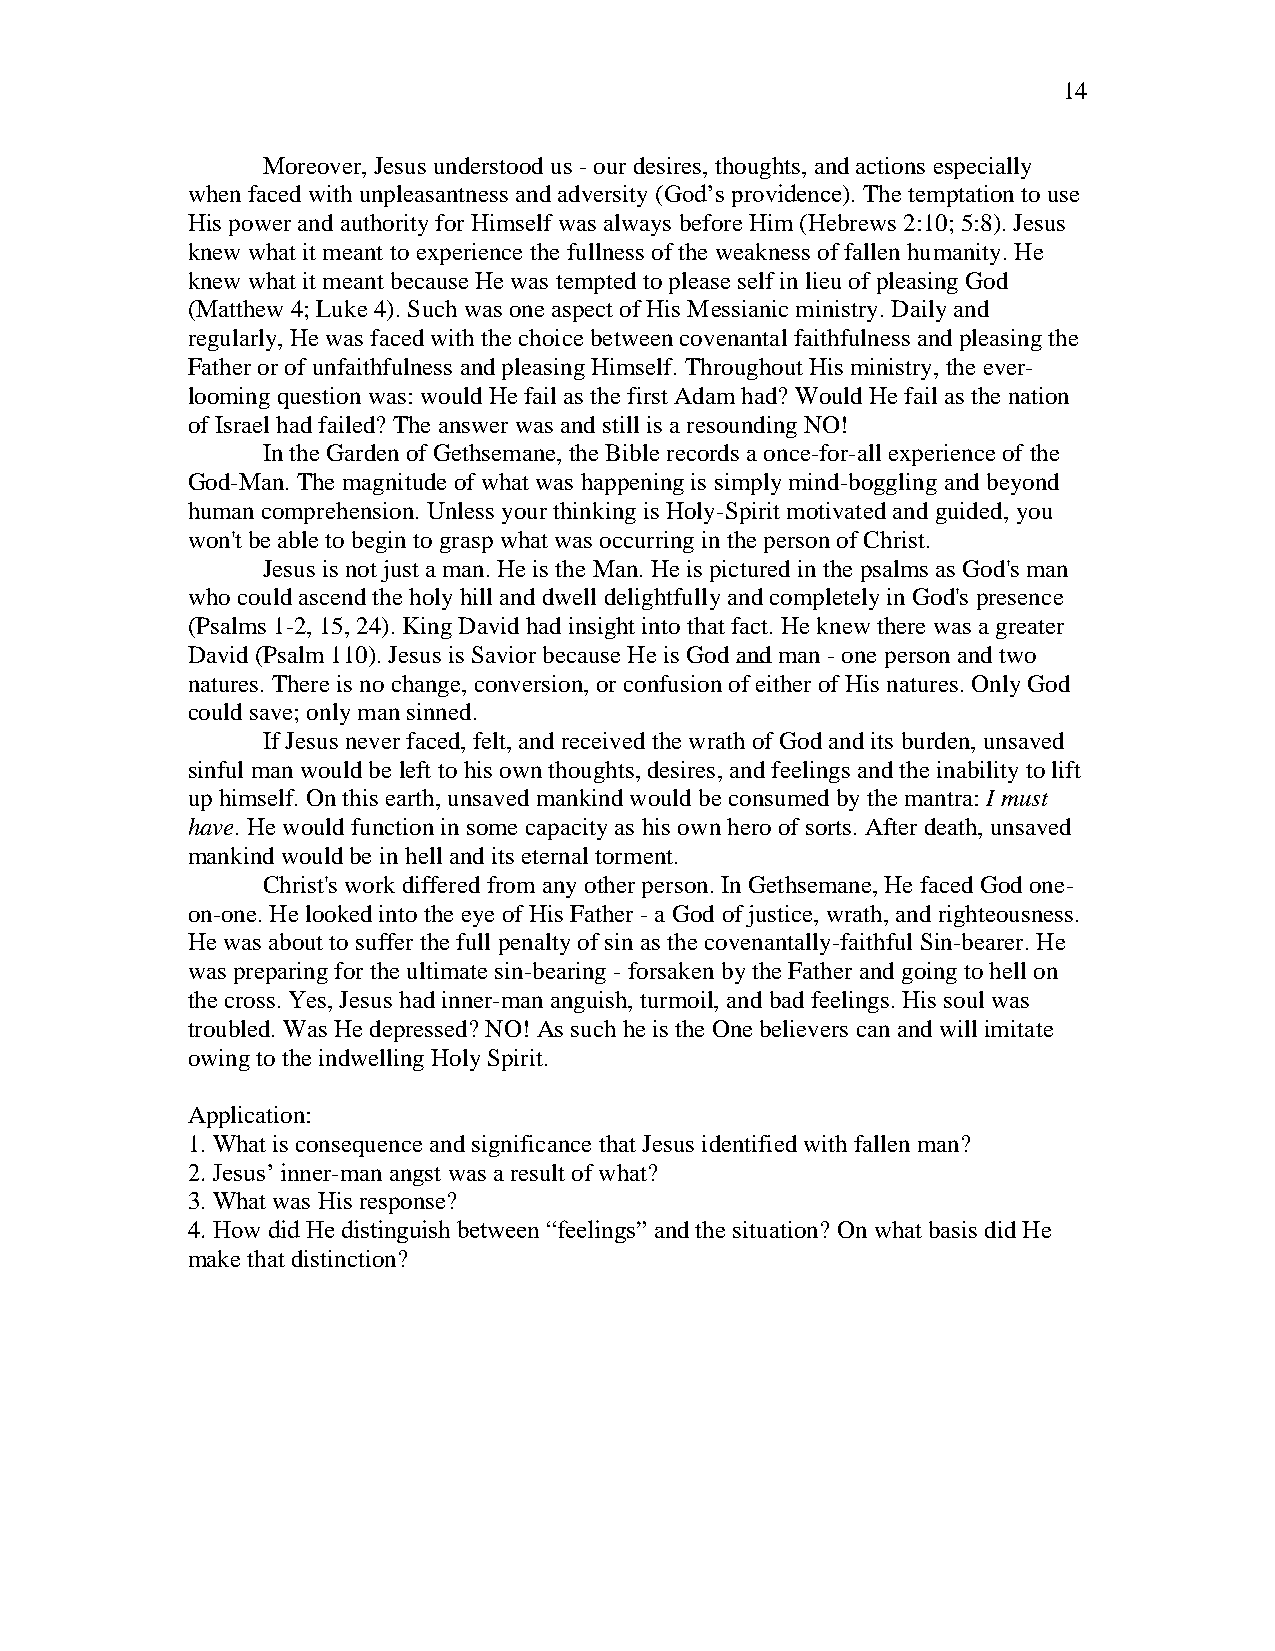
14
 Moreover, Jesus understood us - our desires, thoughts, and actions especially
 when faced with unpleasantness and adversity (God’s providence). The temptation to use
 His power and authority for Himself was always before Him (Hebrews 2:10; 5:8). Jesus
 knew what it meant to experience the fullness of the weakness of fallen humanity. He
 knew what it meant because He was tempted to please self in lieu of pleasing God
 (Matthew 4; Luke 4). Such was one aspect of His Messianic ministry. Daily and
 regularly, He was faced with the choice between covenantal faithfulness and pleasing the
 Father or of unfaithfulness and pleasing Himself. Throughout His ministry, the ever-
 looming question was: would He fail as the first Adam had? Would He fail as the nation
 of Israel had failed? The answer was and still is a resounding NO!
 In the Garden of Gethsemane, the Bible records a once-for-all experience of the
 God-Man. The magnitude of what was happening is simply mind-boggling and beyond
 human comprehension. Unless your thinking is Holy-Spirit motivated and guided, you
 won't be able to begin to grasp what was occurring in the person of Christ.
 Jesus is not just a man. He is the Man. He is pictured in the psalms as God's man
 who could ascend the holy hill and dwell delightfully and completely in God's presence
 (Psalms 1-2, 15, 24). King David had insight into that fact. He knew there was a greater
 David (Psalm 110). Jesus is Savior because He is God and man - one person and two
 natures. There is no change, conversion, or confusion of either of His natures. Only God
 could save; only man sinned.
 If Jesus never faced, felt, and received the wrath of God and its burden, unsaved
 sinful man would be left to his own thoughts, desires, and feelings and the inability to lift
 up himself. On this earth, unsaved mankind would be consumed by the mantra: I must
 have. He would function in some capacity as his own hero of sorts. After death, unsaved
 mankind would be in hell and its eternal torment.
 Christ's work differed from any other person. In Gethsemane, He faced God one-
 on-one. He looked into the eye of His Father - a God of justice, wrath, and righteousness.
 He was about to suffer the full penalty of sin as the covenantally-faithful Sin-bearer. He
 was preparing for the ultimate sin-bearing - forsaken by the Father and going to hell on
 the cross. Yes, Jesus had inner-man anguish, turmoil, and bad feelings. His soul was
 troubled. Was He depressed? NO! As such he is the One believers can and will imitate
 owing to the indwelling Holy Spirit.
 Application:
 1. What is consequence and significance that Jesus identified with fallen man?
 2. Jesus’ inner-man angst was a result of what?
 3. What was His response?
 4. How did He distinguish between “feelings” and the situation? On what basis did He
 make that distinction?